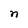
Character: n